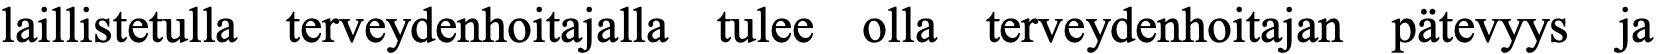
laillistetulla terveydenhoitajalla tulee olla terveydenhoitajan pätevyys ja